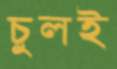
চুলই